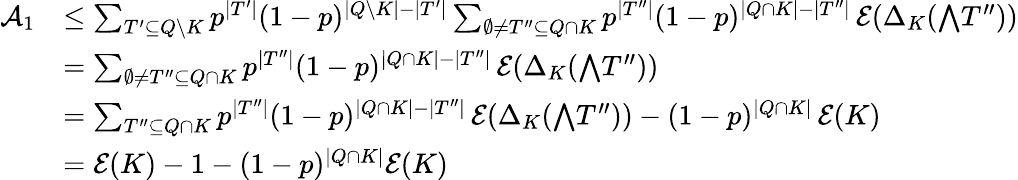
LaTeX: \begin{array}{rl}{\mathcal A_{1}}&{\leq\sum_{T^{\prime}\subseteq Q\setminus K}p^{|T^{\prime}|}(1-p)^{|Q\setminus K|-|T^{\prime}|}\sum_{\emptyset\neq T^{\prime\prime}\subseteq Q\cap K}p^{|T^{\prime\prime}|}(1-p)^{|Q\cap K|-|T^{\prime\prime}|}\, \mathcal E(\Delta_{K}({\textstyle\bigwedge}T^{\prime\prime}))}\\ &{=\sum_{\emptyset\neq T^{\prime\prime}\subseteq Q\cap K}p^{|T^{\prime\prime}|}(1-p)^{|Q\cap K|-|T^{\prime\prime}|}\, \mathcal E(\Delta_{K}({\textstyle\bigwedge}T^{\prime\prime}))}\\ &{=\sum_{T^{\prime\prime}\subseteq Q\cap K}p^{|T^{\prime\prime}|}(1-p)^{|Q\cap K|-|T^{\prime\prime}|}\, \mathcal E(\Delta_{K}({\textstyle\bigwedge}T^{\prime\prime}))-(1-p)^{|Q\cap K|}\, \mathcal E(K)}\\ &{=\mathcal E(K)-1-(1-p)^{|Q\cap K|}\mathcal E(K)}\end{array}